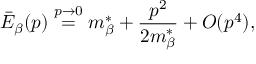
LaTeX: \bar { E } _ { \beta } ( p ) \stackrel { p \rightarrow 0 } { = } m _ { \beta } ^ { * } + \frac { p ^ { 2 } } { 2 m _ { \beta } ^ { * } } + O ( p ^ { 4 } ) ,